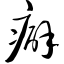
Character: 癖